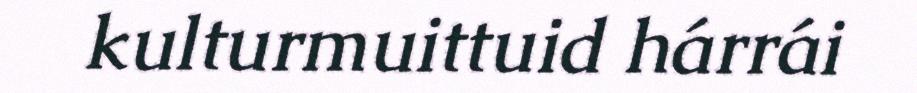
kulturmuittuid hárrái